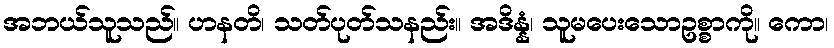
အဘယ်သူသည်။ ဟနတိ၊ သတ်ပုတ်သနည်း။ အဒိန္နံ၊ သူမပေးသောဥစ္စာကို။ ကော၊